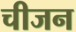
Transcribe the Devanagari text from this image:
चीजन